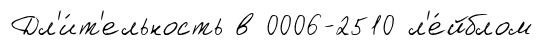
Дл'и́т'ельность в 0006-2510 л'е́йблом